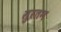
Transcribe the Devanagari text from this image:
सुरतन